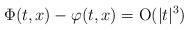
LaTeX: \begin{align*}\Phi(t,x)-\varphi(t,x)={\rm O}(|t|^3)\end{align*}